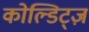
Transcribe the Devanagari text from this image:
कोल्डिट्ज़